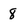
Character: 8